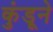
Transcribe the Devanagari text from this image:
कुंडूने